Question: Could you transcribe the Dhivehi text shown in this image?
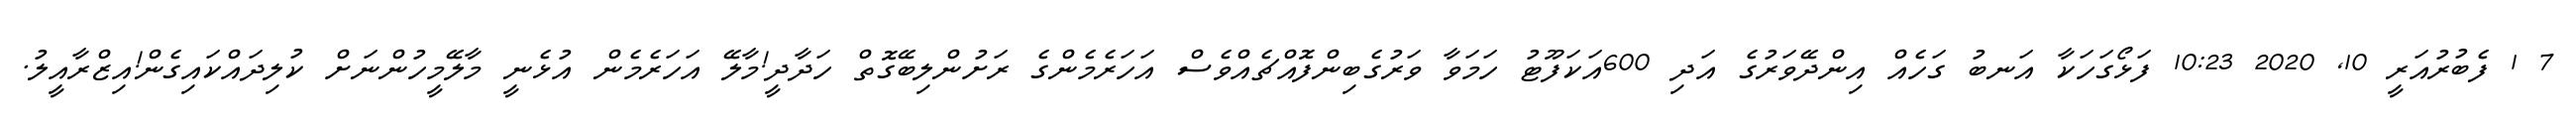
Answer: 7 1 ފެބުރުއަރީ 10, 2020 10:23 ފަޅޯގަހަކާ އަނބު ގަހެއް އިންދޭވަރުގެ އަދި 600އަކަފޫޓު ހަމަވާ ވަރުގެބިންފޮއްޗެއްވެސް އަހަރެމެންގެ ރަށުންލިބޭގޮތް ހަދާދީ!މާލޭ އަހަރެމެން އުޅެނީ މާލޭމީހުންނަށް ކުލިދައްކައިގެން!އިޒްރާއީލު.